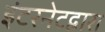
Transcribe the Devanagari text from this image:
इंटरनेटद्वारा